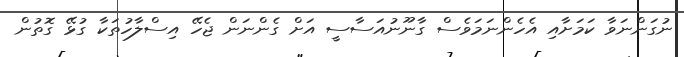
ނުގަންނަވާ ކަމަށާއި އެހެންނަމަވެސް ގާނޫނުއަސާސީ އަށް ގެންނަން ޖެހޭ އިސްލާހުތަކާ ގުޅޭ ގޮތުން